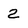
Character: 2